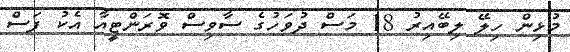
މުޅިން ހިލޭ ލިބޭއިރު 18 މަސް ދުވަހުގެ ސާވިސް ވޮރަންޓީއާ އެކު ފަސް